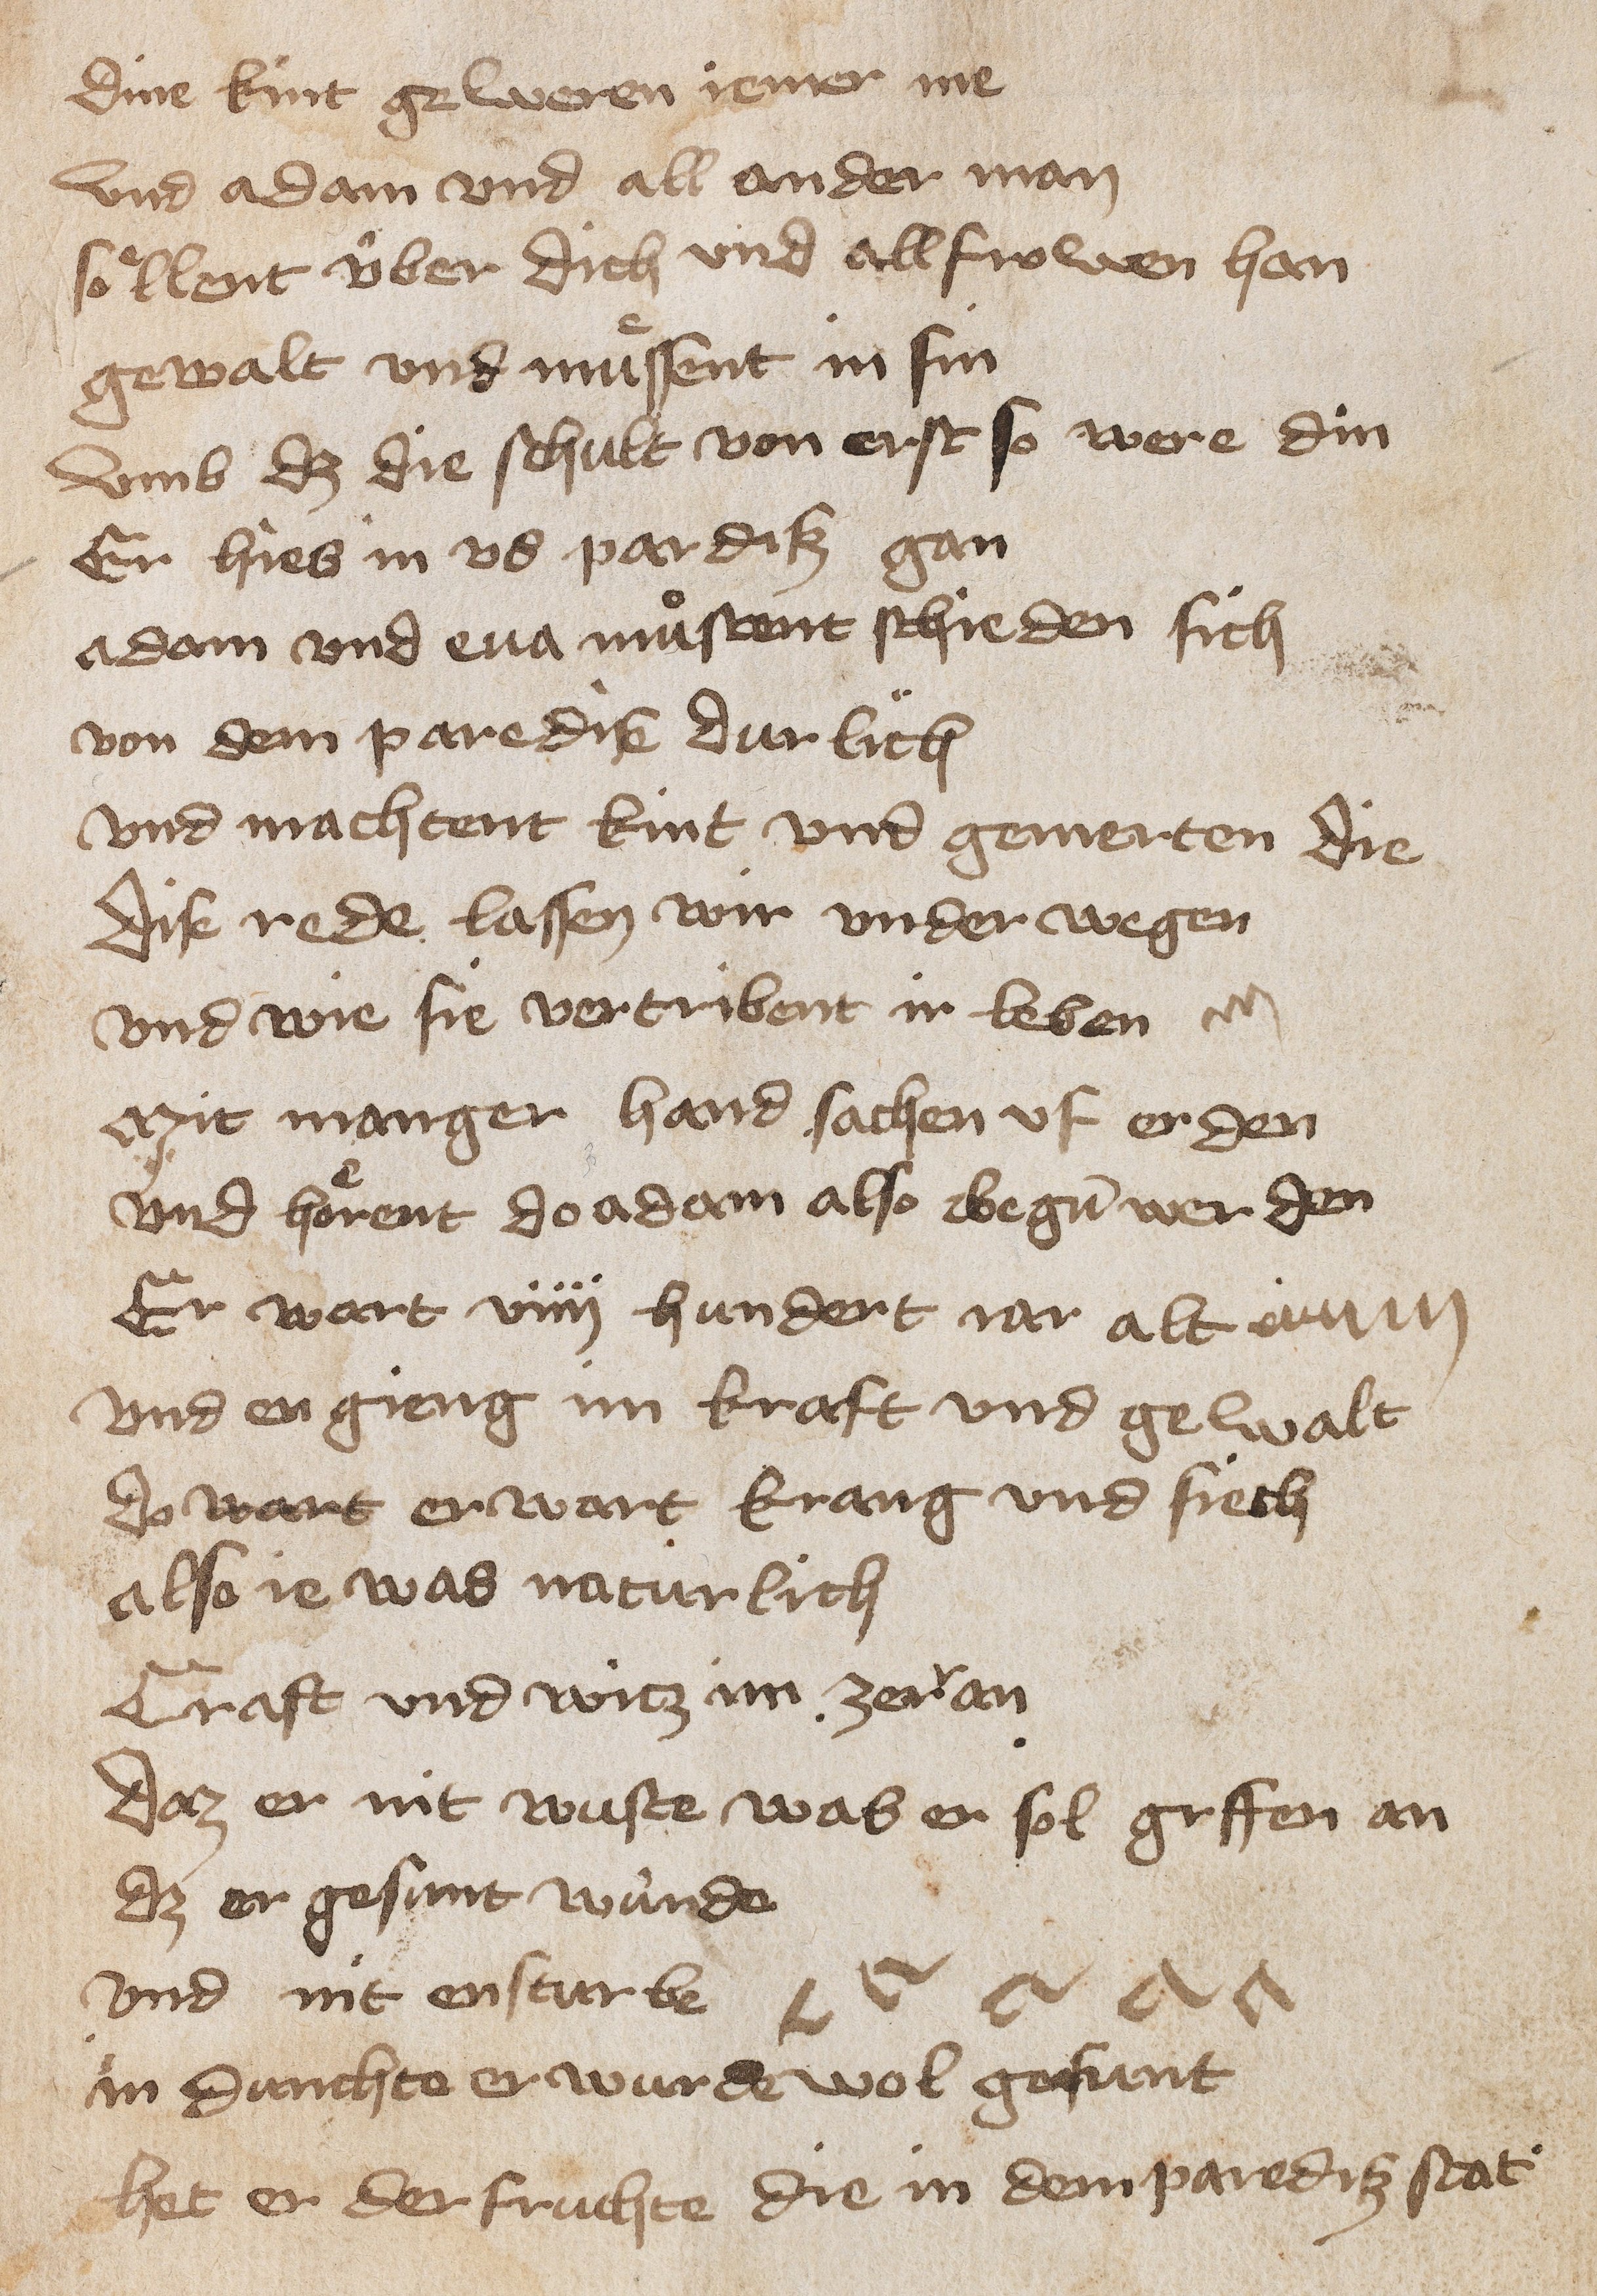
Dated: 1400–1449